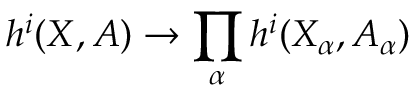
{ } \quad h ^ { i } ( X , A ) \to \prod _ { \alpha } h ^ { i } ( X _ { \alpha } , A _ { \alpha } )